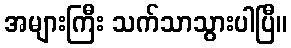
အများကြီး သက်သာသွားပါပြီ။